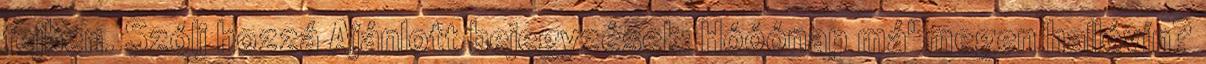
fejben. Szólj hozzá Ajánlott bejegyzések: Hóóónap má' megen hallóvín?